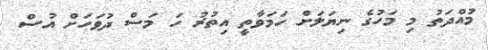
މުއްދަތު މި މަހުގެ ނިޔަލަށް ހަމަވާތީ އިތުރު ހަ މަސް ދުވަހަށް އުސް